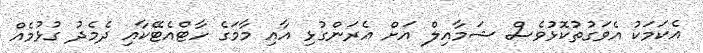
އެކަމަކު އެވަގުތުކޮޅުވެސް ޝަމާއިލް އަށް އެރަންގުޅި އާއި މާމަގެ ހާޓްއެޓޭކާއި ދެމެދު ގުޅުމެއް